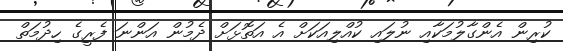
ކުރިން އެންގާލުމަކާއި ނުލައި ކުއްލިއަކަށް އެ އަތޮޅަށް ދެމުން އަންނަ ފެރީގެ ހިދުމަތް